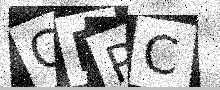
Text: CPPC